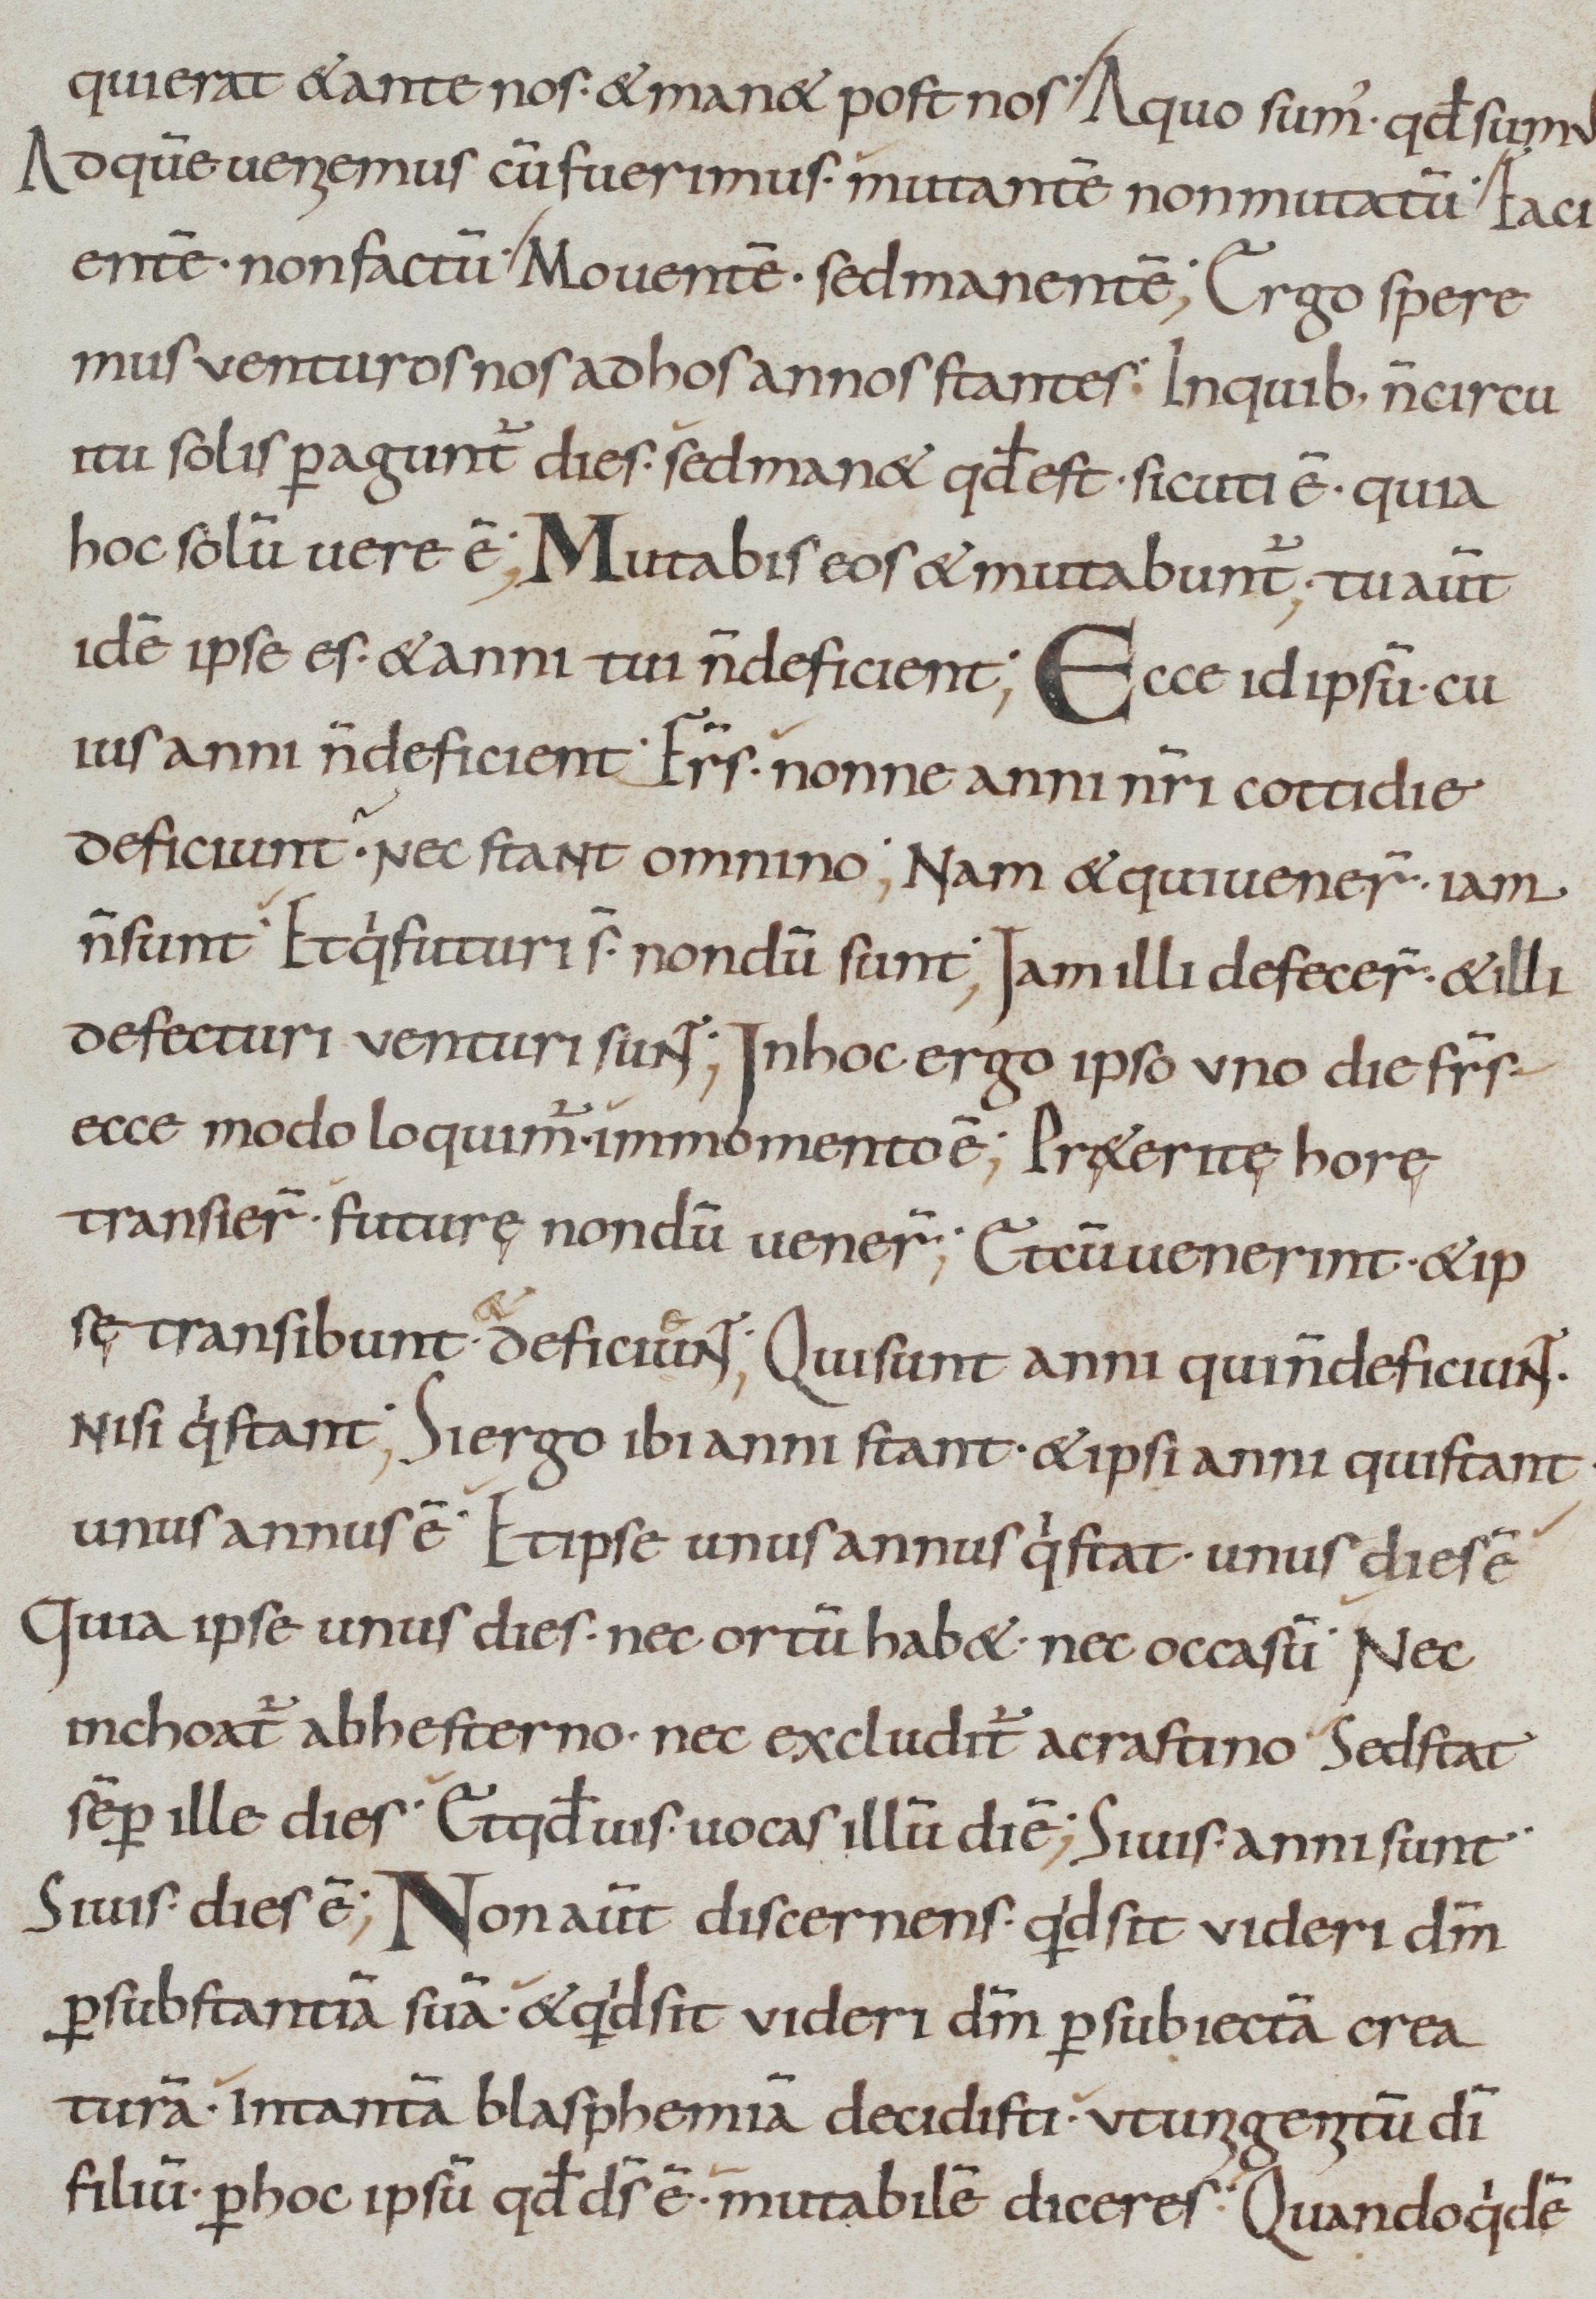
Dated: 800–899